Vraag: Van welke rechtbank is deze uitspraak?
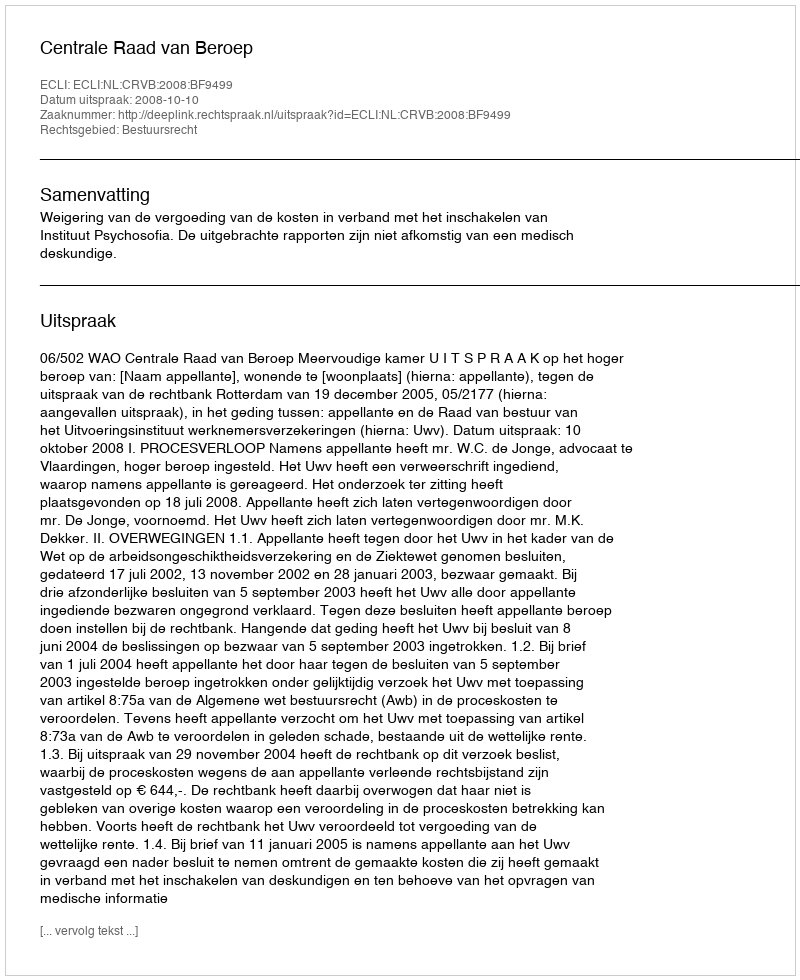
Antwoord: Centrale Raad van Beroep